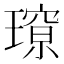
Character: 𭹽